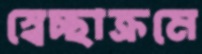
স্বেচ্ছাক্রমে